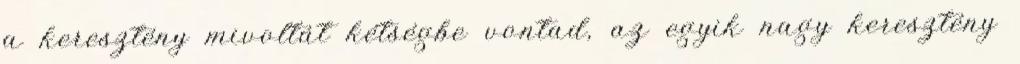
a keresztény mivoltát kétségbe vontad, az egyik nagy keresztény